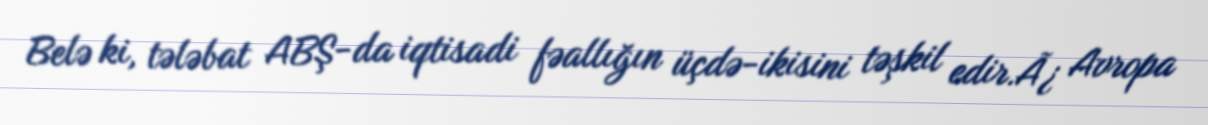
Belə ki, tələbat ABŞ-da iqtisadi fəallığın üçdə-ikisini təşkil edir.Ã¿ Avropa